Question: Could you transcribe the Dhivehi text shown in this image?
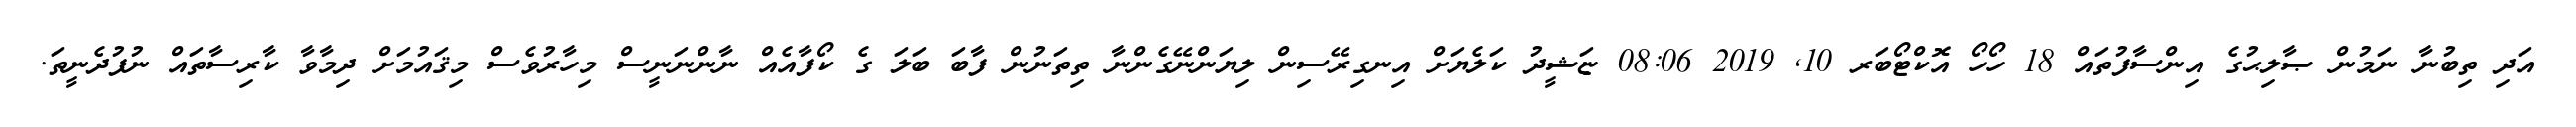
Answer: އަދި ތިބުނާ ނަމުން ޞާލިޙުގެ އިންސާފުތައް 18 ހޯހޯ އޮކްޓޯބަރ 10, 2019 08:06 ޏަޝީދު ކަލެޔަށް އިނގިރޭސިން ލިޔަންނޭގެންނާ ތިތަނުން ފާބަ ބަލަ ގެ ކޯފާއެއް ނާންނަނީސް މިހާރުވެސް މިޤައުމަށް ދިމާވާ ކާރިސާތައް ނުފުދެނީތަ.